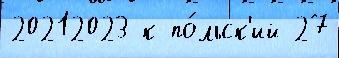
20212023 к по́льск'ий 27